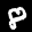
Label: 8